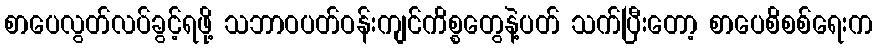
စာပေလွတ်လပ်ခွင့်ရဖို့ သဘာဝပတ်ဝန်းကျင်ကိစ္စတွေနဲ့ပတ် သက်ပြီးတော့ စာပေစိစစ်ရေးက